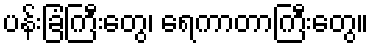
ပန်းခြံကြီးတွေ၊ ရေကာတာကြီးတွေ။